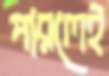
পারলেই